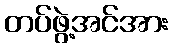
တပ်ဖွဲ့အင်အား